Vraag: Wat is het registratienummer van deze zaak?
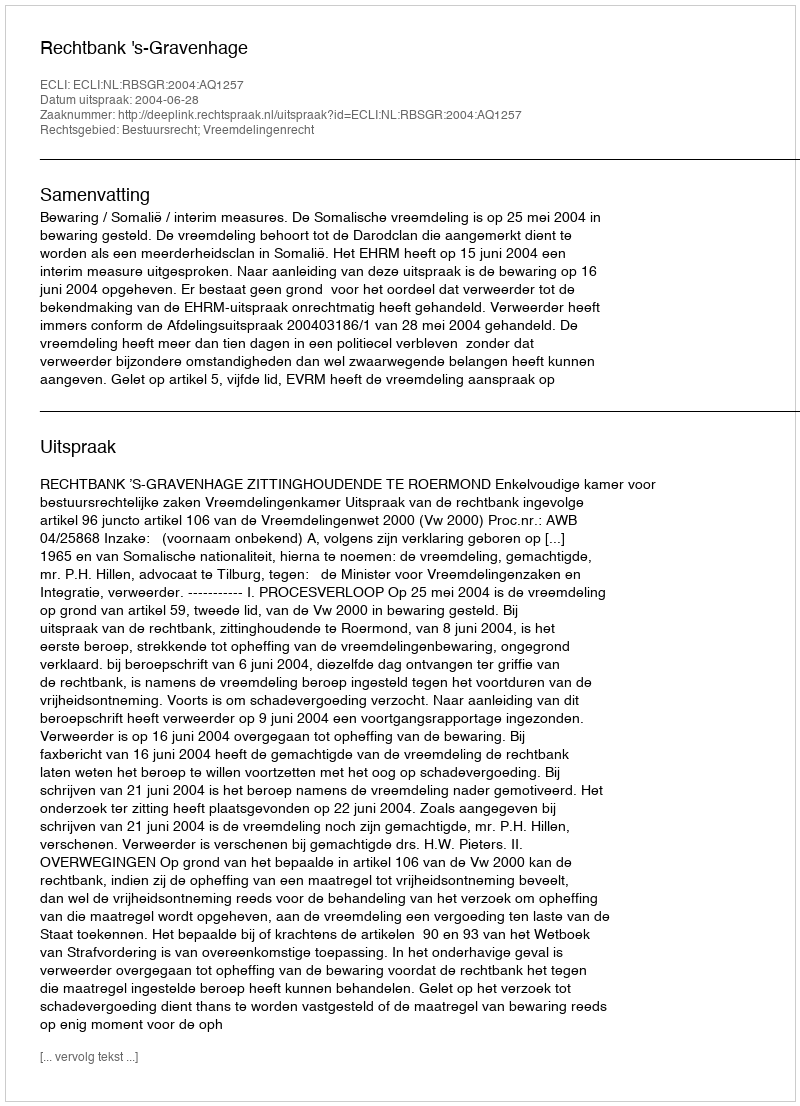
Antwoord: http://deeplink.rechtspraak.nl/uitspraak?id=ECLI:NL:RBSGR:2004:AQ1257